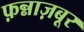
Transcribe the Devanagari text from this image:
फ़न्नाज़बूर